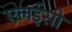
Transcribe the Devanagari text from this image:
एलईसी